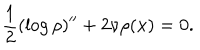
\frac { 1 } { 2 } ( \log \rho ) ^ { \prime \prime } + 2 \nu \rho ( x ) = 0 .